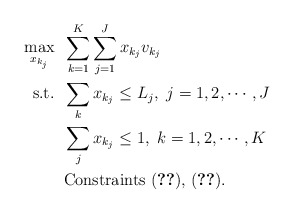
\begin{align*}\max_{x_{k_j}} &\;\; \sum_{k=1}^K\sum_{j=1}^J {x_{k_j}v_{k_j}} \\\mbox{s.t.} &\;\; \sum_k x_{k_j} \leq L_j,~j=1,2,\cdots,J \\ &\;\; \sum_j x_{k_j} \leq 1,~k=1,2,\cdots,K \\ &\;\; \mbox{Constraints (\ref{eqn:mmhn95}),~(\ref{eqn:mmhn69})}. \end{align*}